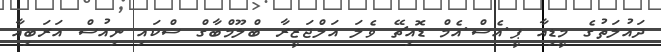
ދައުލަތުގެ މީޑިއާ ޕީ.އެސް.އެމް ޑޮއިޗޭ ވެލަ އަލްޖަޒީރާ ބްލޫމްބާގް ސްކައި ނިއުސް އަރަބިއާ